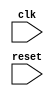
module do_while_loop (
    input clk,
    input reset
);

reg [7:0] loop_control_variable;
reg loop_condition;

always @(posedge clk or posedge reset) begin
    if (reset) begin
        loop_control_variable <= 0;
    end else begin
        if (loop_condition) begin
            // Loop body execution
            // Update loop_control_variable if needed

            // Evaluate loop condition
            // Set loop_condition to true or false based on condition evaluation
        end else begin
            // Exit loop
        end
    end
end

endmodule